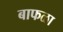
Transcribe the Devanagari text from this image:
बाफळा